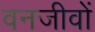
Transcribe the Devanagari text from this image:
वनजीवों